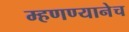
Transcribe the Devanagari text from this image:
म्हणण्यानेच